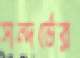
সন্দর্ভের